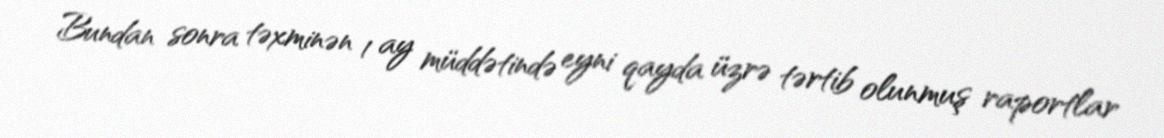
Bundan sonra təxminən 1 ay müddətində eyni qayda üzrə tərtib olunmuş raportlar